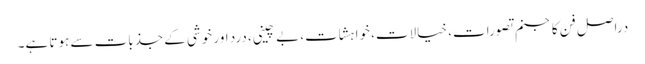
دراصل فن کا جنم تصورات، خیالات، خواہشات، بے چینی، درد اور خوشی کے جذبات سے ہوتا ہے۔